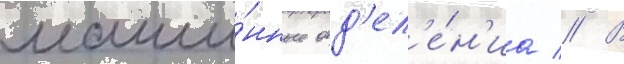
маши́нные отд'ел'е́н'иа // В